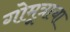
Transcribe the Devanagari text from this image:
गोमूत्राचा